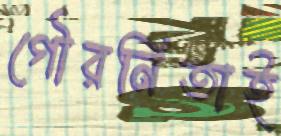
গৌরনিতাই